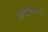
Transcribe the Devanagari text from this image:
भगतसिंगच्या